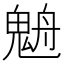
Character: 𩳉